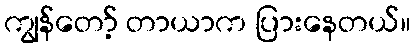
ကျွန်တော့် တာယာက ပြားနေတယ်။